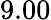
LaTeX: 9.00